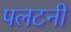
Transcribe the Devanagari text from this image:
पलटनी